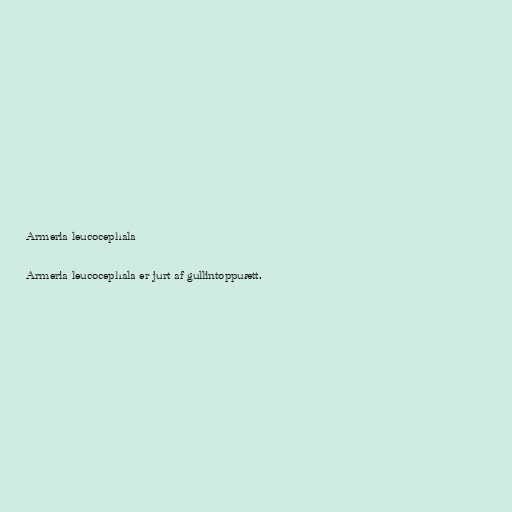
Armeria leucocephala

Armeria leucocephala er jurt af gullintoppuætt.